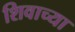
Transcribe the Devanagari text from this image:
शिवाच्या